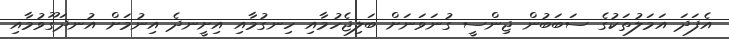
އެފަދަ އަމަލުތަކުގެ ސަބަބުން ޖިންސީ ގުނަވަނަށް ބަލިޖެހުމާއި ހިނގުމާއި އިށީނދެ އިނުމަށް އުނދަގޫވުމާއި